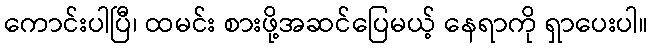
ကောင်းပါပြီ၊ ထမင်း စားဖို့အဆင်ပြေမယ့် နေရာကို ရှာပေးပါ။